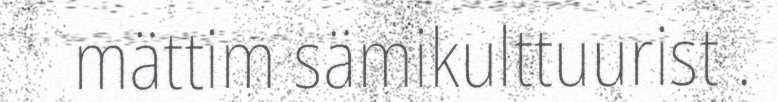
mättim sämikulttuurist .